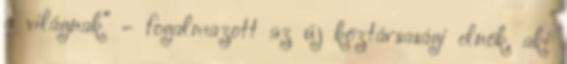
a világnak” – fogalmazott az új köztársasági elnök, aki